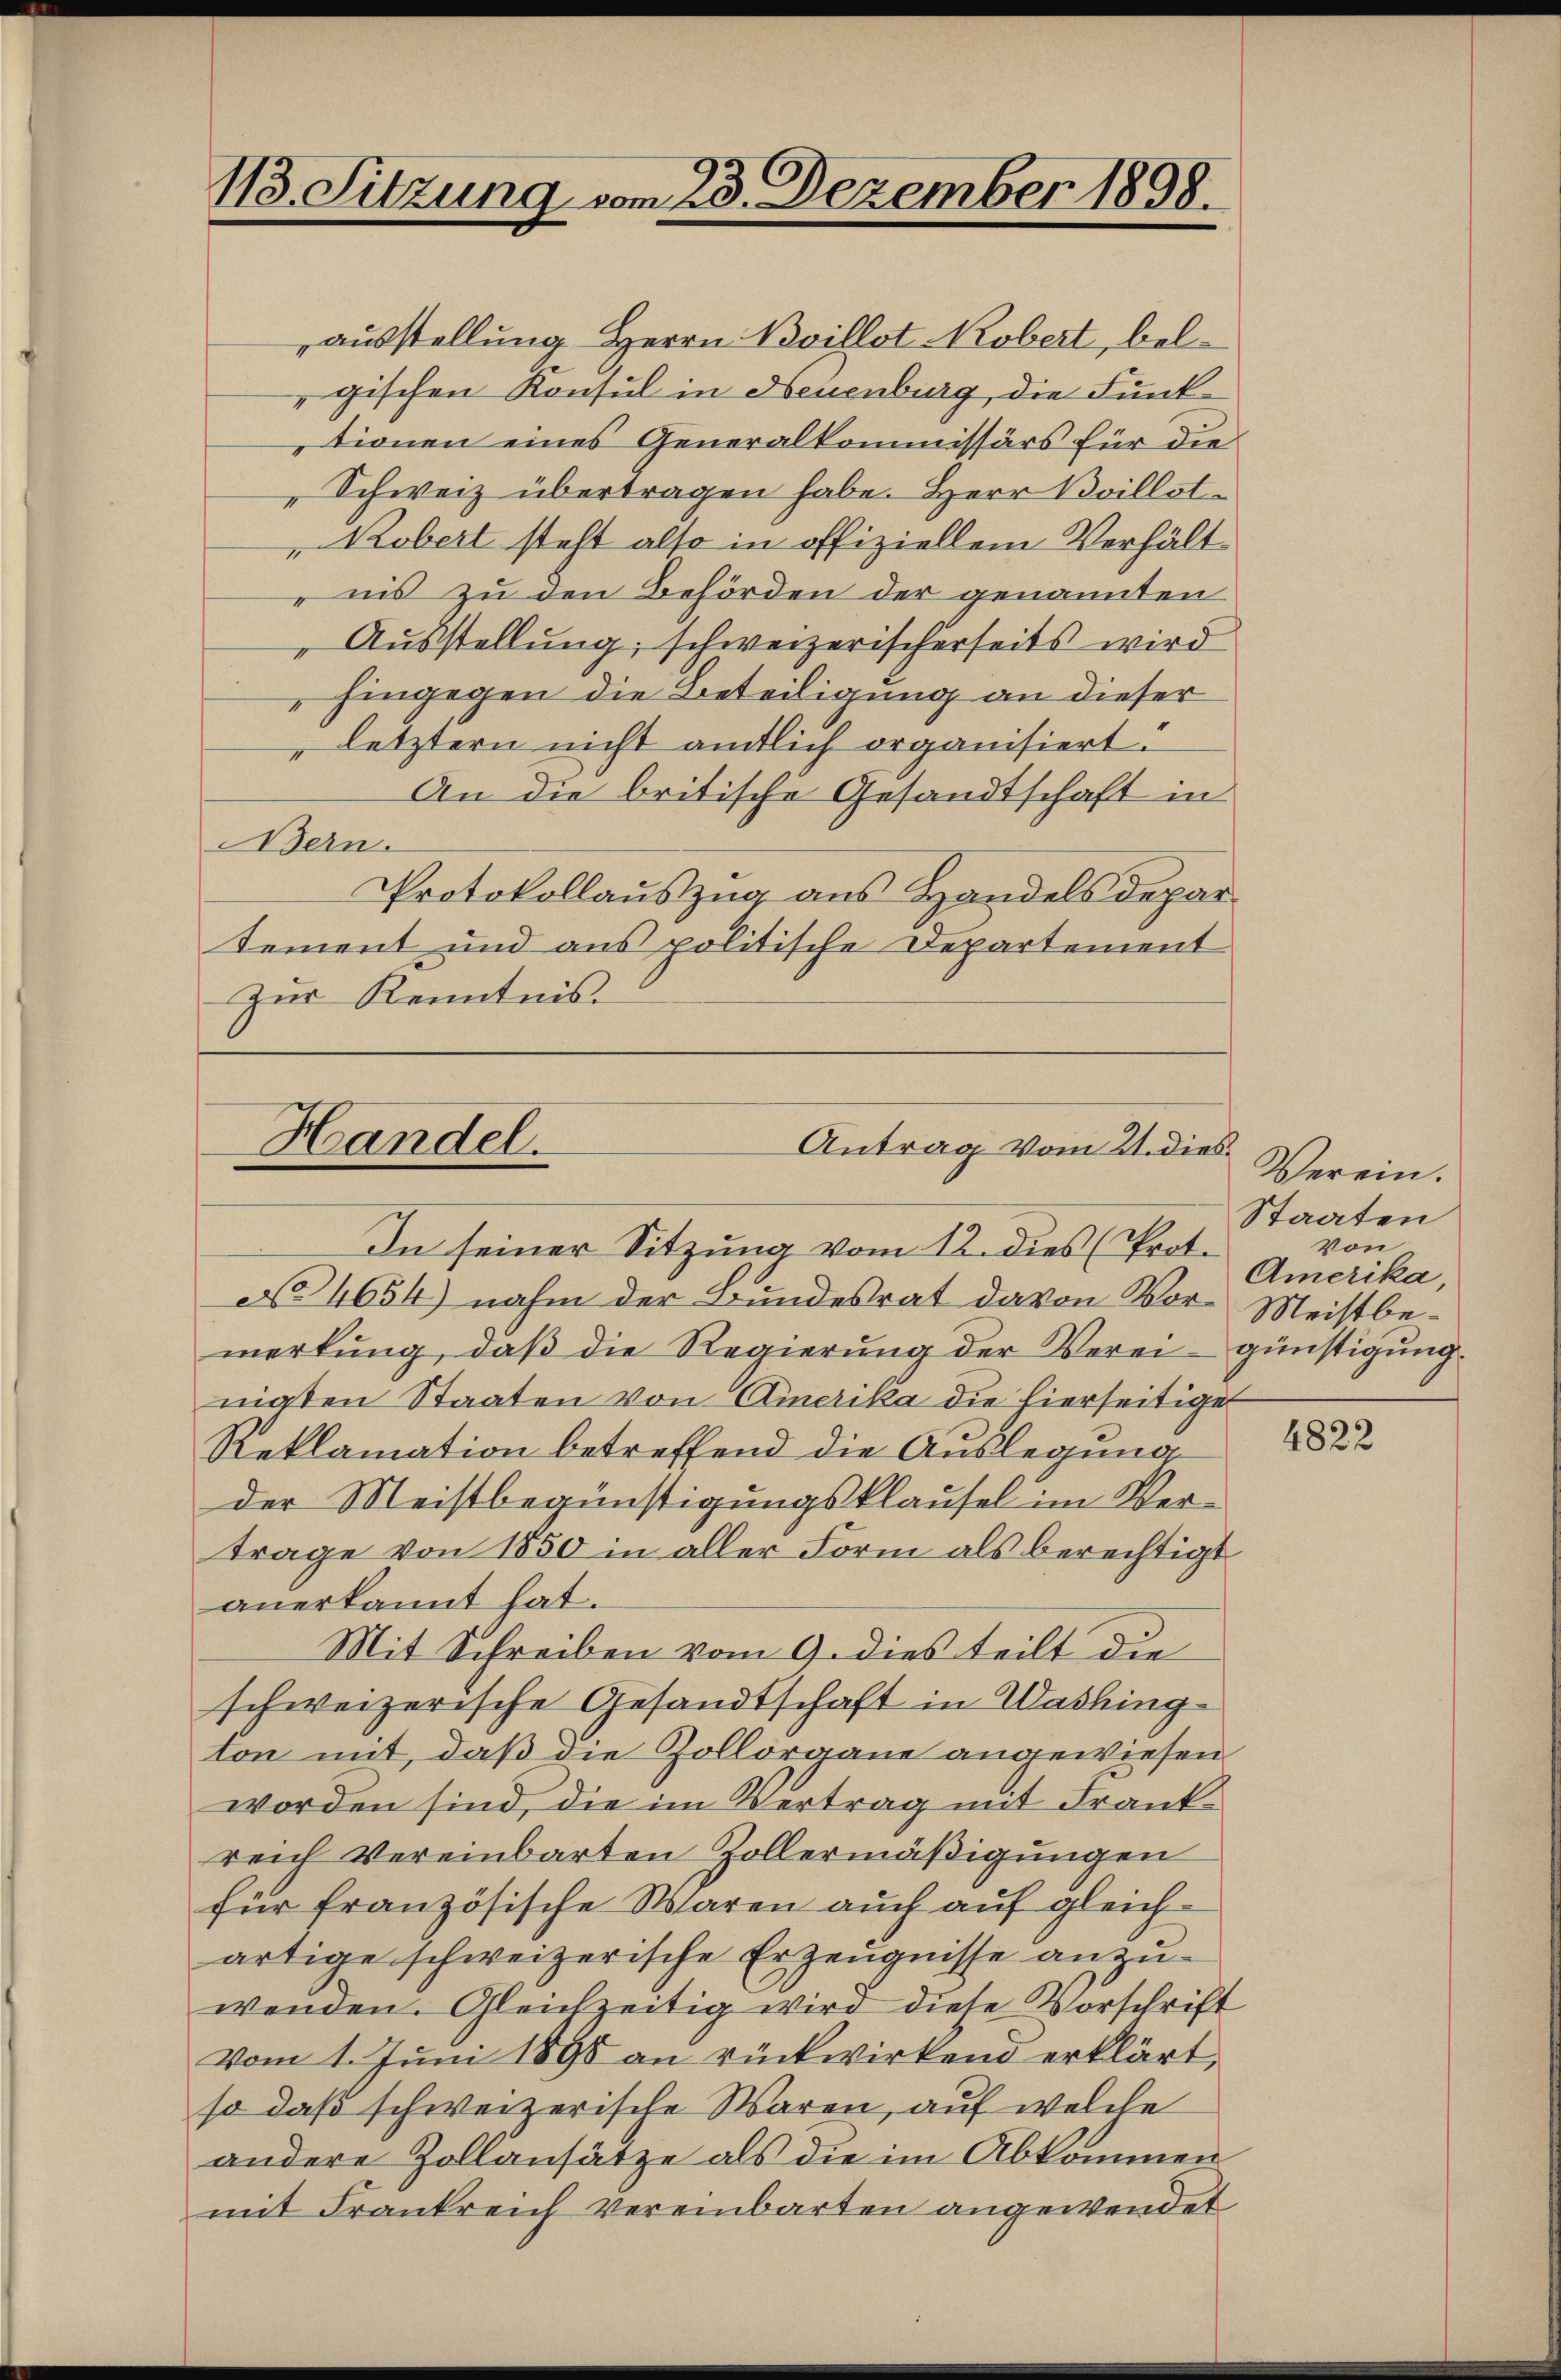
113. Sitzung vom 23. Dezember 1898.

ausstellung Herrn Boillst Robert, belgischen Konsul in Neuenburg, die Funktionen eines Generalkommissärs für die
Schweiz übertragen habe. Herr Boillot¬
Robert steht also in offiziellem Verhält
nis zu den Behörden der genannten
Ausstellung, schweizerischerseits wird
„hingegen die Beteiligung an dieser
letztern nicht amtlich organisiert.
An die britische Gesandtschaft in
Bern.
Protokollauszug aus Handels departement und aus politische Departement
Zur Kenntnis.

Handel.
Antrag vom 21. dies¬
In seiner Sitzung vom 12. dies (Proto

No 4654) nahm der Bundesrat davon Vor- Meistbemerkung, daß die Regierung der Verei günstigung.
nigten Staaten von Amerika die hierseitige
Reklamation betreffend die Auslegung
der Meistbegünstigungsklausel im Vertrage von 1850 in aller Form als berechtigt
anerkannt hat.
Mit Schreiben vom 9. dies teilt die
schweizerische Gesandtschaft in Washing
ton mit, daß die Zollorgane angewiesen
worden sind, die im Vertrag mit Frankreich vereinbarten Zollermäßigungen
für französische Waren auch auf gleichartige schweizerische Erzeugnisse anzuwenden. Gleichzeitig wird diese Vorschrift
vom 1. Juni 1898 an rückwirkend erklärt,
so daß schweizerische Waren, auf welche
andere Zollansätze als die im Abkommen
mit Frankreich vereinbarten angewendet

Verein.
Staaten
Von
Amerika,

4822